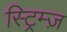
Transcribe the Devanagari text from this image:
स्ट्रिम्ज़